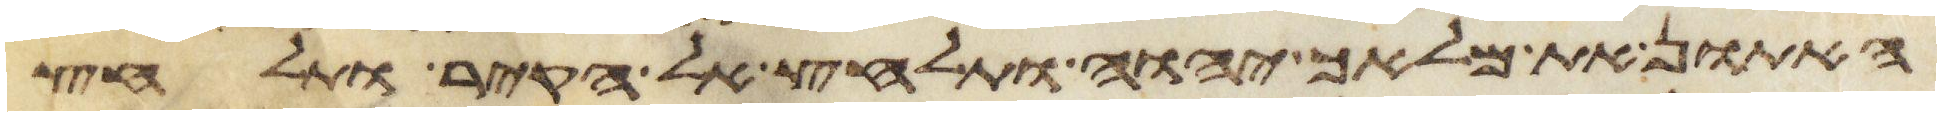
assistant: האתון את מלאך יהוה ותלחץ אל הקיר ותלחץ